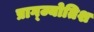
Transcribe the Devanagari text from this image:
प्राग्ज्योतिश